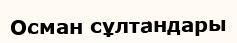
Осман сұлтандары